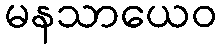
မနသာယေဝ